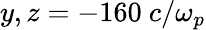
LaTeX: y,z=-160~c/\omega_{p}